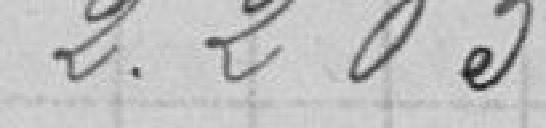
2.205